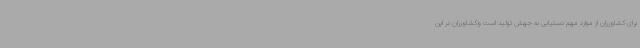
برای کشاورزان از موارد مهم دستیابی به جهش تولید است وکشاورزان در این